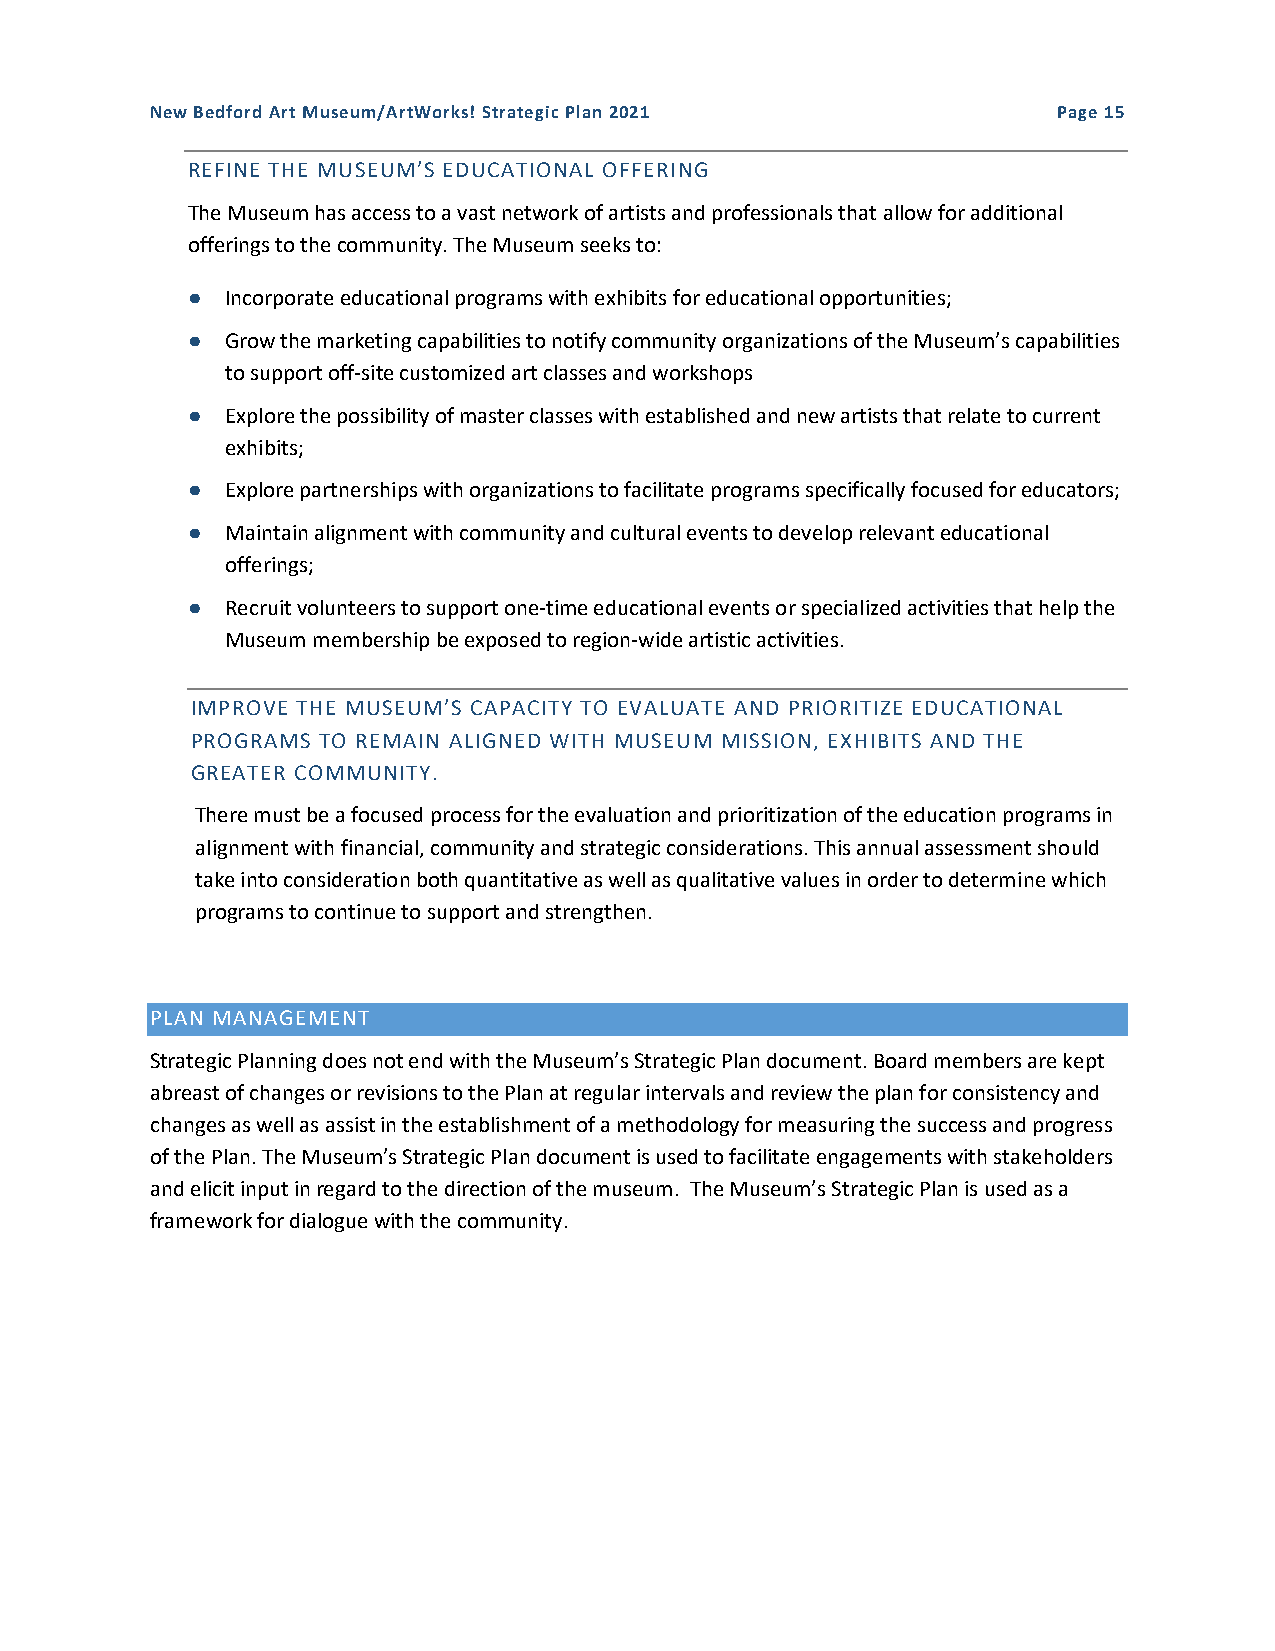
New Bedford Art Museum/ArtWorks! Strategic Plan 2021        Page 15
 REFINE THE MUSEUM’S EDUCATIONAL OFFERING
 The Museum has access to a vast network of artists and professionals that allow for additional
 offerings to the community. The Museum seeks to:
 ●  Incorporate educational programs with exhibits for educational opportunities;
 ●  Grow the marketing capabilities to notify community organizations of the Museum’s capabilities
 to support off-site customized art classes and workshops
 ●  Explore the possibility of master classes with established and new artists that relate to current
 exhibits;
 ●  Explore partnerships with organizations to facilitate programs specifically focused for educators;
 ●  Maintain alignment with community and cultural events to develop relevant educational
 offerings;
 ●  Recruit volunteers to support one-time educational events or specialized activities that help the
 Museum membership be exposed to region-wide artistic activities.
 IMPROVE THE MUSEUM’S CAPACITY TO EVALUATE AND PRIORITIZE EDUCATIONAL
 PROGRAMS TO REMAIN ALIGNED WITH MUSEUM MISSION, EXHIBITS AND THE
 GREATER COMMUNITY.
 There must be a focused process for the evaluation and prioritization of the education programs in
 alignment with financial, community and strategic considerations. This annual assessment should
 take into consideration both quantitative as well as qualitative values in order to determine which
 programs to continue to support and strengthen.
 PLAN MANAGEMENT
 Strategic Planning does not end with the Museum’s Strategic Plan document. Board members are kept
 abreast of changes or revisions to the Plan at regular intervals and review the plan for consistency and
 changes as well as assist in the establishment of a methodology for measuring the success and progress
 of the Plan. The Museum’s Strategic Plan document is used to facilitate engagements with stakeholders
 and elicit input in regard to the direction of the museum. The Museum’s Strategic Plan is used as a
 framework for dialogue with the community.